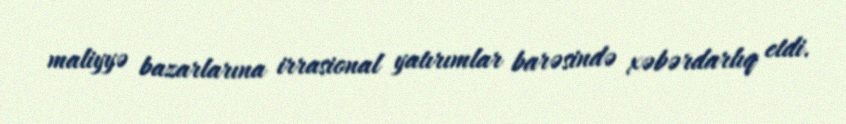
maliyyə bazarlarına irrasional yatırımlar barəsində xəbərdarlıq etdi.